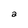
Character: a